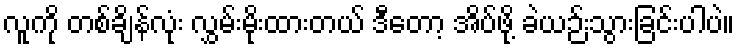
လူကို တစ်ချိန်လုံး လွှမ်းမိုးထားတယ် ဒီတော့ အိပ်ဖို့ ခဲယဉ်းသွားခြင်းပါပဲ။